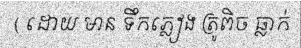
( ដោយ មាន ទឹកភ្លៀង ត្រូពិច ធ្លាក់